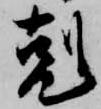
剋